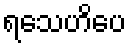
ရသေဟိပေ